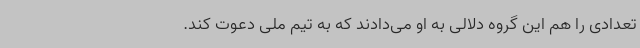
تعدادی را هم این گروه دلالی به او می‌دادند که به تیم ملی دعوت کند.